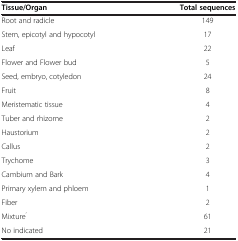
<table><thead><tr><td><b>Tissue/Organ</b></td><td><b>Total sequences</b></td></tr></thead><tbody><tr><td>Root and radicle</td><td>149</td></tr><tr><td>Stem, epicotyl and hypocotyl</td><td>17</td></tr><tr><td>Leaf</td><td>22</td></tr><tr><td>Flower and Flower bud</td><td>5</td></tr><tr><td>Seed, embryo, cotyledon</td><td>24</td></tr><tr><td>Fruit</td><td>8</td></tr><tr><td>Meristematic tissue</td><td>4</td></tr><tr><td>Tuber and rhizome</td><td>2</td></tr><tr><td>Haustorium</td><td>2</td></tr><tr><td>Callus</td><td>2</td></tr><tr><td>Trychome</td><td>3</td></tr><tr><td>Cambium and Bark</td><td>4</td></tr><tr><td>Primary xylem and phloem</td><td>1</td></tr><tr><td>Fiber</td><td>2</td></tr><tr><td>Mixture<sup>’</sup></td><td>61</td></tr><tr><td>No indicated</td><td>21</td></tr></tbody></table>